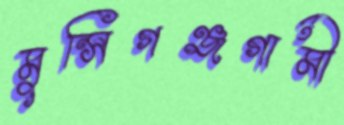
মুন্সিগঞ্জগামী